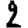
Digit: 2